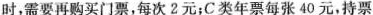
时，需要再购买门票，每次2元；C类年票每张40元，持票